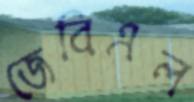
জেবিএল